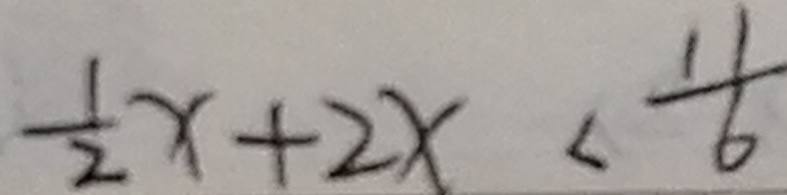
\frac { 1 } { 2 } x + 2 x < \frac { 1 1 } { 6 }